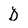
Character: D